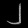
Digit: ၂